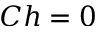
C h = 0